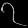
Digit: ၇